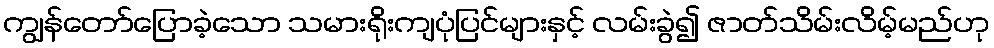
ကျွန်တော်ပြောခဲ့သော သမားရိုးကျပုံပြင်များနှင့် လမ်းခွဲ၍ ဇာတ်သိမ်းလိမ့်မည်ဟု